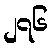
၂၇၆